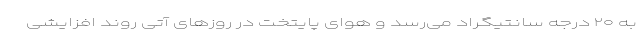
به ۲۰ درجه سانتیگراد می‌رسد و هوای پایتخت در روز‌های آتی روند افزایشی